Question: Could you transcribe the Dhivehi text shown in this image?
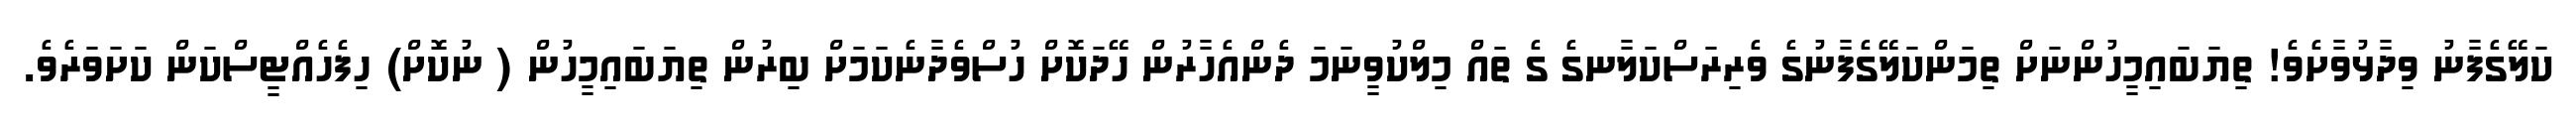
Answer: ކަލޭގެފާނު ވިދާޅުވާށެވެ! ތިޔަބައިމީހުންނަށް ތިމަންކަލޭގެފާނުގެ ވެރިރަސްކަލާނގެ ގެ ތައް މިލްކުވީނަމަ ދެންއެހާރުން ހޭދަކޮށް ހުސްވެދާނެކަމަށް ބިރުން ތިޔަބައިމީހުން ( ނުކޮށް) ހިފެހެއްޓީސްކަން ކަށަވަރެވެ.